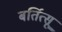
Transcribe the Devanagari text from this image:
बर्तित्सू